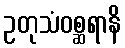
ဥတုသံဝစ္ဆရာနိ